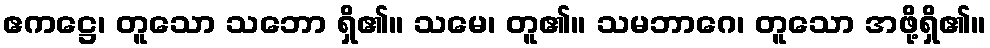
ဧကဋ္ဌေ၊ တူသော သဘော ရှိ၏။ သမေ၊ တူ၏။ သမဘာဂေ၊ တူသော အဖို့ရှိ၏။